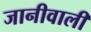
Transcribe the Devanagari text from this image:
जानीवाली